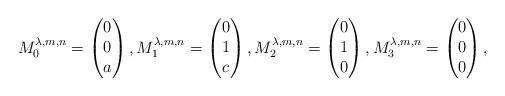
LaTeX: \begin{align*} M_0^{ \lambda,m,n} = \begin{pmatrix} 0 \\ 0 \\ a \end{pmatrix}, M_1^{ \lambda,m,n} = \begin{pmatrix} 0 \\ 1 \\ c \end{pmatrix}, M_2^{ \lambda,m,n} = \begin{pmatrix} 0 \\ 1 \\ 0 \end{pmatrix}, M_3^{ \lambda,m,n} = \begin{pmatrix} 0 \\ 0 \\ 0 \end{pmatrix}, \end{align*}